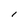
Character: l